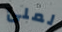
لملئ